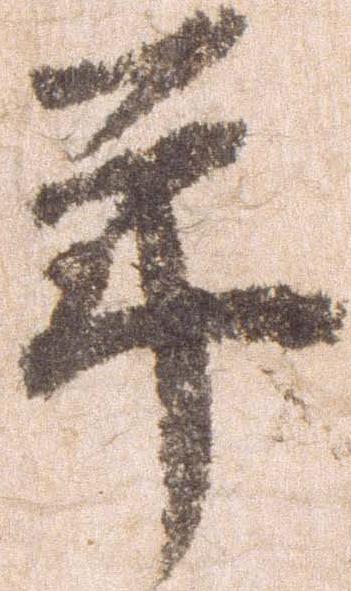
年